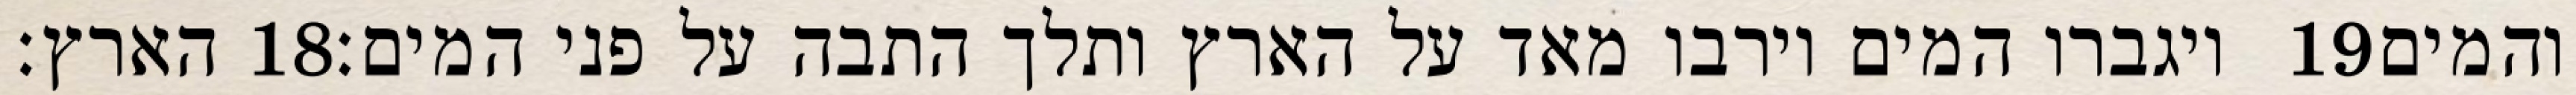
הארץ׃ ‎18‏ ויגברו המים וירבו מאד על הארץ ותלך התבה על פני המים׃ ‎19‏ והמים